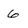
Character: 6